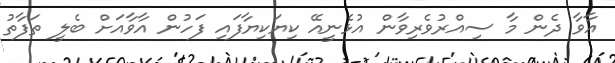
އާވާ ދެން މާ ސިއްރުވެރިވާން އުޅެނީއޭ ކިޔަކިޔާފައި ފަހުން އާވާއަށް ބެލީ ތަފާތު